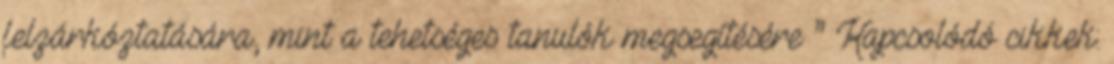
felzárkóztatására, mint a tehetséges tanulók megsegítésére ” Kapcsolódó cikkek: